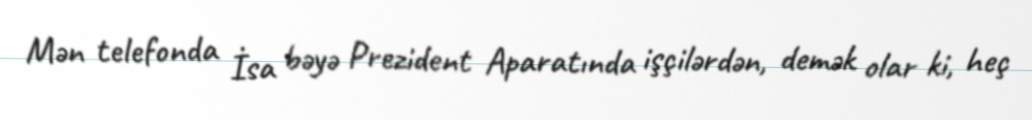
Mən telefonda İsa bəyə Prezident Aparatında işçilərdən, demək olar ki, heç